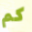
كم